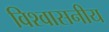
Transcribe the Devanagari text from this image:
विश्‍वासनीय